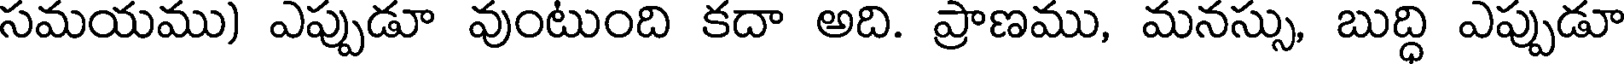
సమయము) ఎప్పుడూ వుంటుంది కదా అది. ప్రాణము, మనస్సు, బుద్ధి ఎప్పుడూ